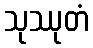
သုဿုတံ